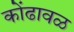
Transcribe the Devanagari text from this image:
कोंढावळ